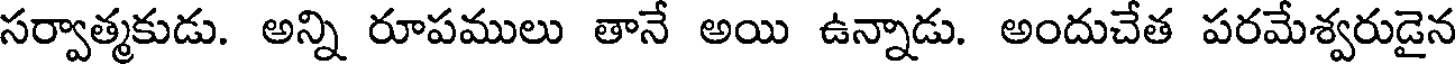
సర్వాత్మకుడు. అన్ని రూపములు తానే అయి ఉన్నాడు. అందుచేత పరమేశ్వరుడైన